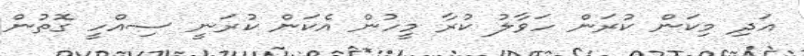
އަދި މިކަން ކުރަން ހަވާލު ކުރާ މީހުން އެކަން ކުރަނީ ސިއްހީ ގޮތުން